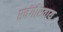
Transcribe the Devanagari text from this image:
एवंगौरवाय